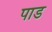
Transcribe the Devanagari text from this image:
पाड